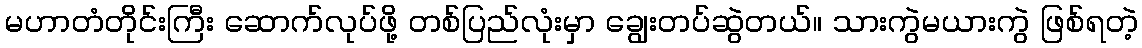
မဟာတံတိုင်းကြီး ဆောက်လုပ်ဖို့ တစ်ပြည်လုံးမှာ ချွေးတပ်ဆွဲတယ်။ သားကွဲမယားကွဲ ဖြစ်ရတဲ့